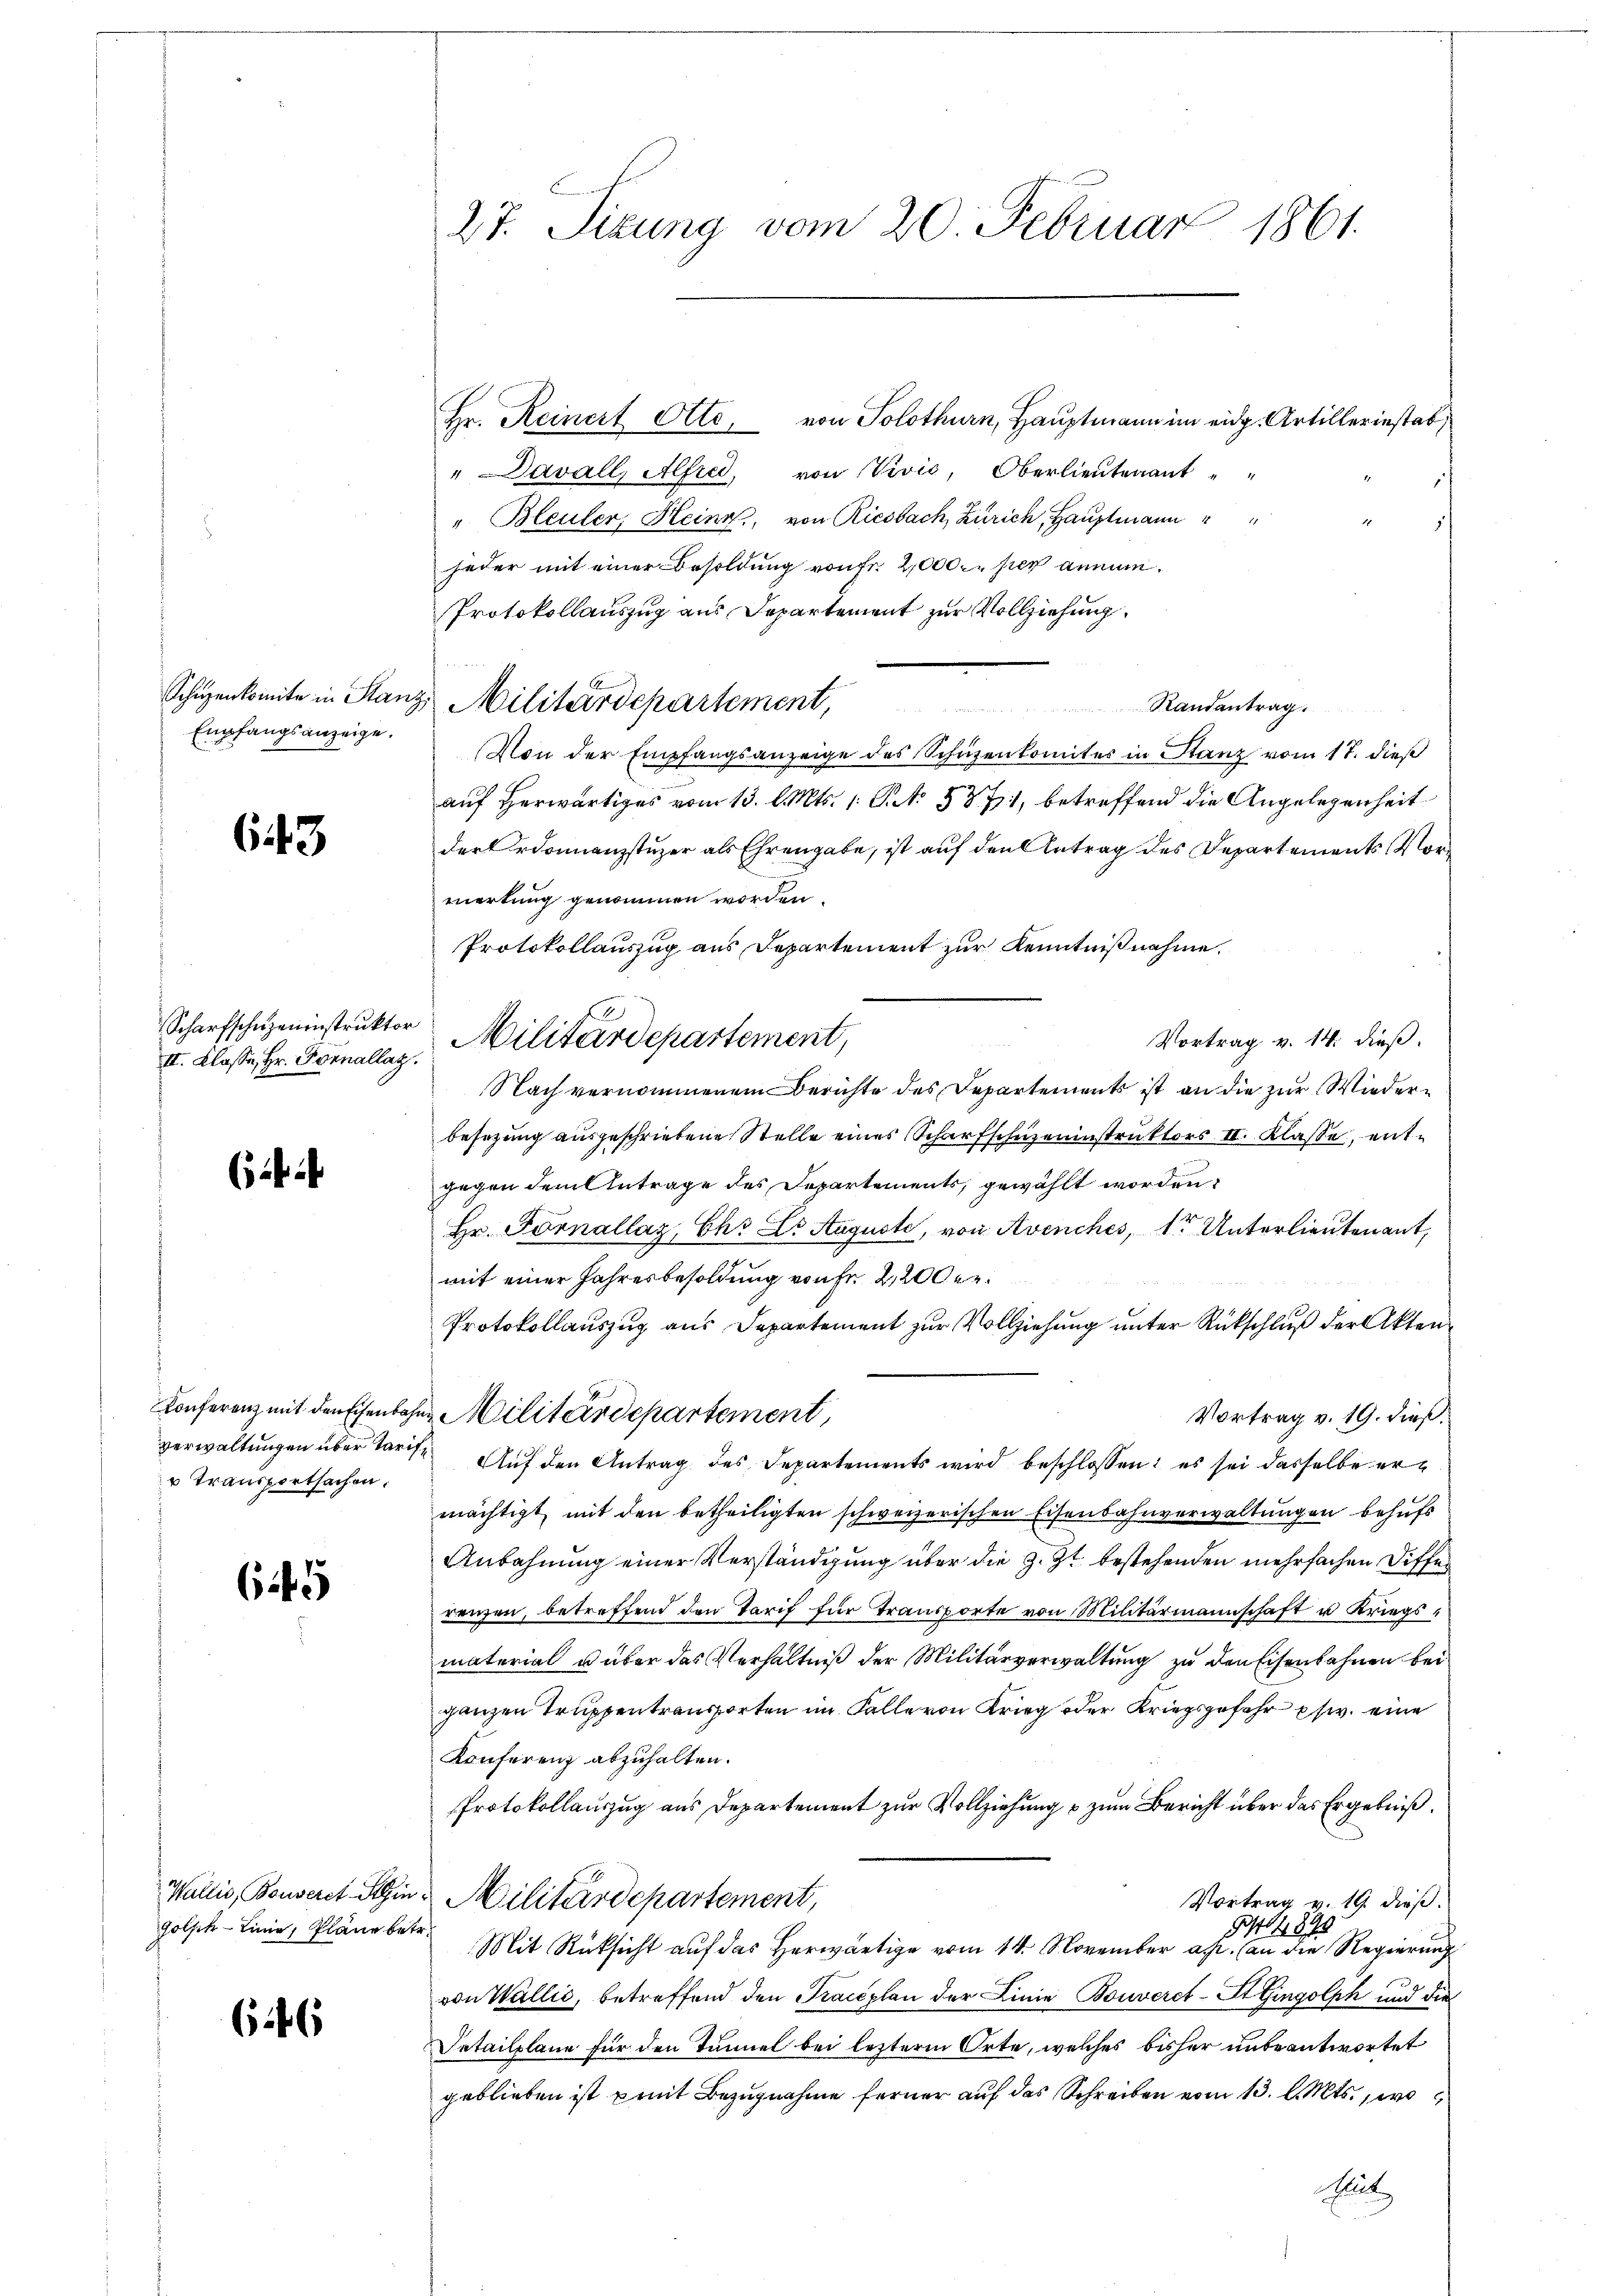
643

6445

Schüzenkomite in Stanz
Empfangsanzeige.

Scharfschuzeninstruktor
II. Klasse, Hr. Fornallaz.

Konferenz mit den Eisenbahn.
verwaltungen über Tarif¬
 Transportsachen.

Wallis, Bonseret Stein
Golsch-Linie, Pläne betr.

6

27. Sizung vom 20. Februar 1861.

Hr. Reinert Otto, von Solothurn, Hauptmann im eidg. Artilleriestab,
"Davall, Alfred, von Vivić, Oberlieutenant
" Bleuler, Heine, von Riesbach Zürich, Hauptmann
jeder mit einer Besoldung von Fr. 20000 per annum¬
Protokollauszug aus Departement zur Vollziehung
Randantrag

Von der Empfangsanzeige des Schüzenkomites in Stanz vom 17. dieß
auf herwärtiges vom 13. l. Mts. 1. St. 587, betreffend die Angelegenheit
der Ordonanzstuzer als Ehrengabe, ist auf den Antrag des Departements-Vorwertung genommen worden.
Protokollauszug aus Departement zur Kenntnißnahme.
Vortrag v. 14. dieß.
Nach vernommenem Berichte des Departements ist an die zur Wiederbesezung ausgeschriebene Stelle eines Scharfschuzeninstruktors II. Klasse, entgegen dem Antrage des Departements, gewählt worden,
Hr. Fornallaz, Ehr Dr. Auguste, von Avenches, 1r Unterlieutenant,
mit einer Jahresbesoldung von Fr. 2,200 er¬
Protokollauszug aus Departement zur Vollziehung unter Rückschluß der Akten
Militärdepartement,
Vortrag v. 19. dieß.
Auf den Antrag des Departements wird beschlossen: es sei dasselbe er
mächtigt mit den betheiligten schweizerischen Eisenbahnverwaltungen behufs
Anbahnung einer Verständigung über die z. Zt. bestehenden mehrfachen Differenzen, betreffend den Tarif für Transporte von Militärmannschaft u Kriegsmaterial u über das Verhältniß der Militärverwaltung zu den Eisenbahnen bei
ganzen Truppentransporten im Falle von Krieg oder Kriegsgefahr p. eine
Konferenz abzuhalten.
Protokollauszug aus Departement zur Vollziehung & zum Bericht über das Ergebniß
Militärdepartement,
Vortrag v. 19. dieß.
4894
Mit Rücksicht auf das Herwärtige vom 14. November a. (an die Regierung
von Wallić, betreffend den Traceplan der Linie Bouverct-St. Gingolph und die
Intailplane für den Tunnel bei lezterm Orte, welches bisher unbeantwortet
geblieben ist mit Bezugnahme ferner auf das Schreiben vom 13. d. Mts., wo
Mit

Militärdepartement,

E
Militärdepartement,